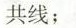
共线；